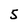
Character: 5